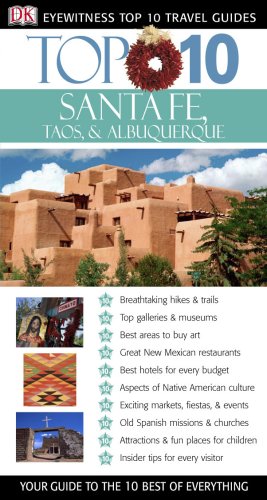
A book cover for Top 10 Santa Fe, Albuquerque, Taos (Eyewitness Top 10 Travel Guides); Paul Franklin; Travel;